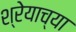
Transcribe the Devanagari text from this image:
श्रेयाच्या